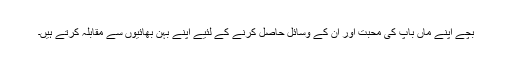
بچے اپنے ماں باپ کی محبت اور ان کے وسائل حاصل کرنے کے لئیے اپنے بہن بھائیوں سے مقابلہ کرتے ہیں۔